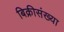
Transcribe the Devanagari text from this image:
बिक्रीसंख्या